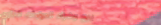
بيع وشراء الدراجات الناري